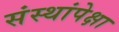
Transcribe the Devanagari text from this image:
संस्थांपेक्षा